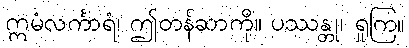
ဣမံလင်္ကာရံ၊ ဤတန်ဆာကို။ ပဿန္တု၊ ရှုကြ။